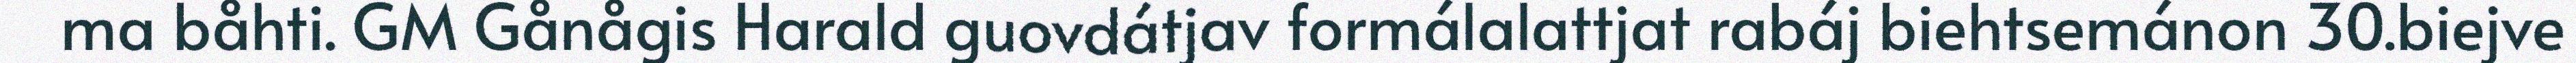
ma båhti. GM Gånågis Harald guovdátjav formálalattjat rabáj biehtsemánon 30.biejve